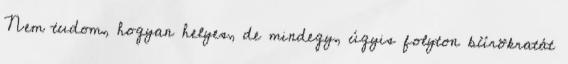
Nem tudom, hogyan helyes, de mindegy, úgyis folyton bürökratát